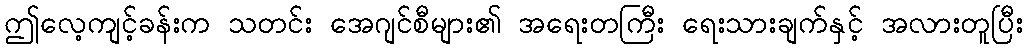
ဤလေ့ကျင့်ခန်းက သတင်း အေဂျင်စီများ၏ အရေးတကြီး ရေးသားချက်နှင့် အလားတူပြီး